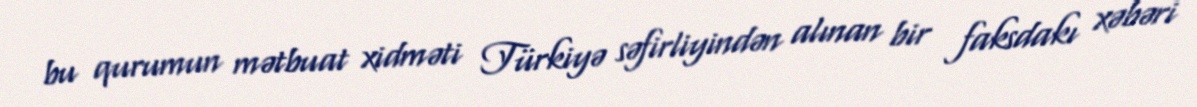
bu qurumun mətbuat xidməti Türkiyə səfirliyindən alınan bir faksdakı xəbəri